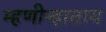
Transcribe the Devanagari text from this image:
म्हणीन्हाताय